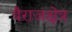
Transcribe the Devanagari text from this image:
वैराजक्षेत्र